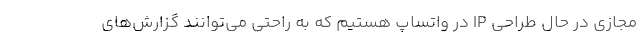
مجازی در حال طراحی IP در واتساپ هستیم که به راحتی می‌توانند گزارش‌های